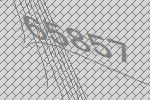
65857